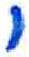
אות: י